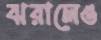
ঝরালেও